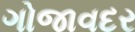
ગોજાવદર